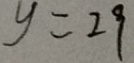
y = 2 9